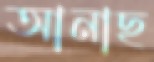
আনাছ